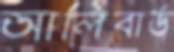
আলিবার্ড